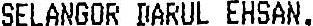
SELANGOR DARUL EHSAN.